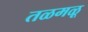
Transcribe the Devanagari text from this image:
तळमळू